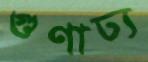
গুণাঢ্য